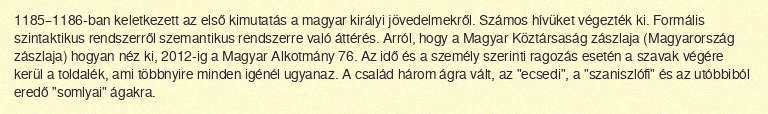
1185–1186-ban keletkezett az első kimutatás a magyar királyi jövedelmekről. Számos hívüket végezték ki. Formális szintaktikus rendszerről szemantikus rendszerre való áttérés. Arról, hogy a Magyar Köztársaság zászlaja (Magyarország zászlaja) hogyan néz ki, 2012-ig a Magyar Alkotmány 76. Az idő és a személy szerinti ragozás esetén a szavak végére kerül a toldalék, ami többnyire minden igénél ugyanaz. A család három ágra vált, az "ecsedi", a "szaniszlófi" és az utóbbiból eredő "somlyai" ágakra.